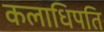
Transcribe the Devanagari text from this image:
कलाधिपति